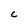
Character: c